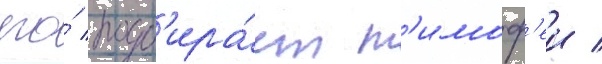
его́ подб'ира́ет т'имоф'еи /